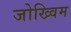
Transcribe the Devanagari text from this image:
जोख्विम